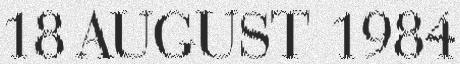
18 AUGUST 1984